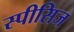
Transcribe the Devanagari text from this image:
स्पीसिज